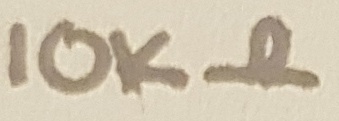
Text: 10KΩ